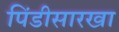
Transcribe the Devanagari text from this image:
पिंडीसारखा